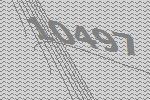
10497